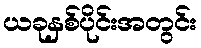
ယခုနှစ်ပိုင်းအတွင်း